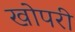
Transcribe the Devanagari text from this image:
खोपरी